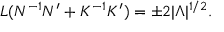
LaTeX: L ( N ^ { - 1 } N ^ { \prime } + K ^ { - 1 } K ^ { \prime } ) = \pm 2 | \Lambda | ^ { 1 / 2 } .